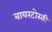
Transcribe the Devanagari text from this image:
बायरटोस्की